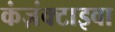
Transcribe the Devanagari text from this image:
कंज़ंक्टाइवा